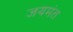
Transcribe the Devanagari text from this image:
जयमंत